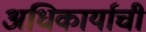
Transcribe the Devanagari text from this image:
अधिकार्याची